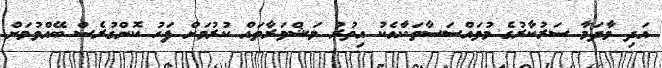
އަދި މާދަމާ ސަރުކާރުގެ މުވައްސަސާތަކާއެކު އިތުރު މަޝްވަރާތައް ކުރުމަށް ފަހު ކޮންގުރެސް ބޭއްވުމަށް